Vaccination Hyderabad 1890-1903 - 1890-1903
Year: 1890
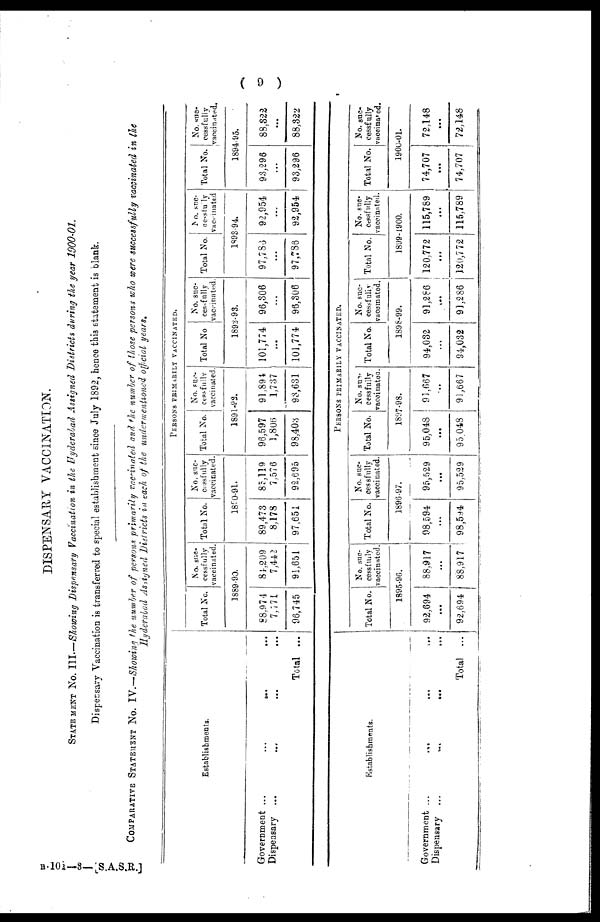
( 9 )
DISPENSARY VACCINATION.
STATEMENT No. III.—Showing Dispensary Vaccination in the Hyderabad Assigned Districts during the year 1900-01.
Dispensary Vaccination is transferred to special establishment since July 1892, hence this statement is blank.
COMPARATIVE STATEMENT No. IV.—Showing the number of persons primarily vaccinated and the number of those persons who were successfully vaccinated in the
Hyderabad Assigned Districts in each of the under mentioned official years.
Establishments.
Government ...
...
...
Dispensary ... ... ...
Total ...
PERSONS PRIMARILY VACCINATED.
Total No.
No. suc-
cessfully
vaccinated.
1889-90.
88,974
7,771
96,745
84,209
7,442
91,651
Total No.
No. suc-
cessfully
vaccinated.
1890-91.
89,473
8,178
97,651
85,119
7,576
92,695
Total No.
No. suc¬
cessfully
vaccinated.
1891-92.
96,597
1,806
98,403
91,894
1,737
93,631
Total No
No. suc-
cessfully
vaccinated.
1892-93.
101,774
...
101,774
96,306
...
96,806
Total No.
No. suc-
----fully
vaccinated
1893-94.
97,786
...
97,786
92,954
...
92,954
Total No.
No. suc-
cessfully
vaccinated.
1894-95.
93,296
...
93,296
88,822
...
88,322
Establishments.
Government ...
...
Dispensary ...
...
...
Total ...
PERSONS PRIMARILY VACCINATED.
Total No.
No. suc-
cessfully
vaccinated.
1895-96.
92,694
...
92,694
88,917
...
88,917
Total No.
No. suc-
cessfully
vaccinated.
1896-97.
98,594
...
98,594
95,629
...
95,529
Total No.
No. suc-
cessfully
vaccinated.
1897-98.
95,048
...
95,048
91,667
...
91,667
Total No.
No. suc-
cessfully
vaccinated.
1898-99.
94,032
...
94,032
91,286
...
91,286
Total No.
No. suc-
cessfully
vaccinated.
1899-1900.
120,772
...
120,772
115,789
...
115,789
Total No.
No. suc-
cessfully
vaccinated.
1900-01.
74,707
...
74,707
72,148
...
72,148
B-101—3—[S.A.S.R.]